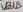
Text: VBUS